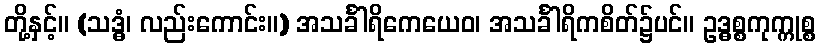
တို့နှင့်။ (သဒ္ဓံ၊ လည်းကောင်း။) အသင်္ခါရိကေယေဝ၊ အသင်္ခါရိကစိတ်၌ပင်။ ဥဒ္ဓစ္စကုက္ကုစ္စ